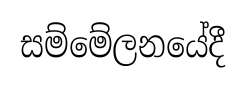
සම්මේලනයේදී